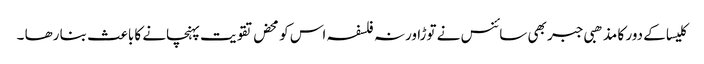
کلیسا کے دور کا مذھبی جبر بھی سائنس نے توڑا ورنہ فلسفہ اس کو محض تقویت پہنچانے کا باعث بنا رھا ۔